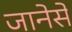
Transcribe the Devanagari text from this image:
जानेसे